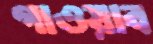
গাওয়াব